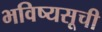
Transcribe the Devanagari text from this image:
भविष्यसूची